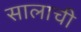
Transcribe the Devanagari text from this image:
सालाची